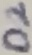
Text: D2